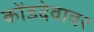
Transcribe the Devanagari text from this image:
कोंडदेवावर